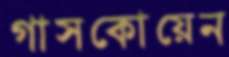
গাসকোয়েন